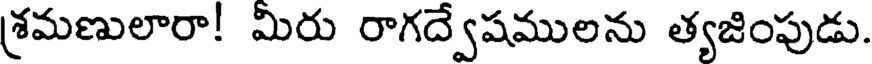
శ్రమణులారా! మిరు రాగద్వేషములను త్యజింపుడు.